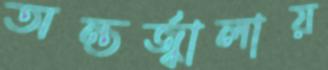
অন্তর্জ্বালায়